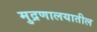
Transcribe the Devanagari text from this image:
मुद्रणालयातील